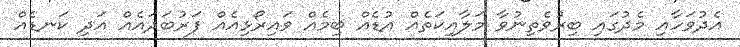
އެދުވަހާއި މެދުގައި ބިރުވެތިނުވާ މަލާއިކަތެއް އުޑެއް ބިމެއް ވައިރޯޅިއެއް ފަރުބަދައެއް އަދި ކަނޑެއް